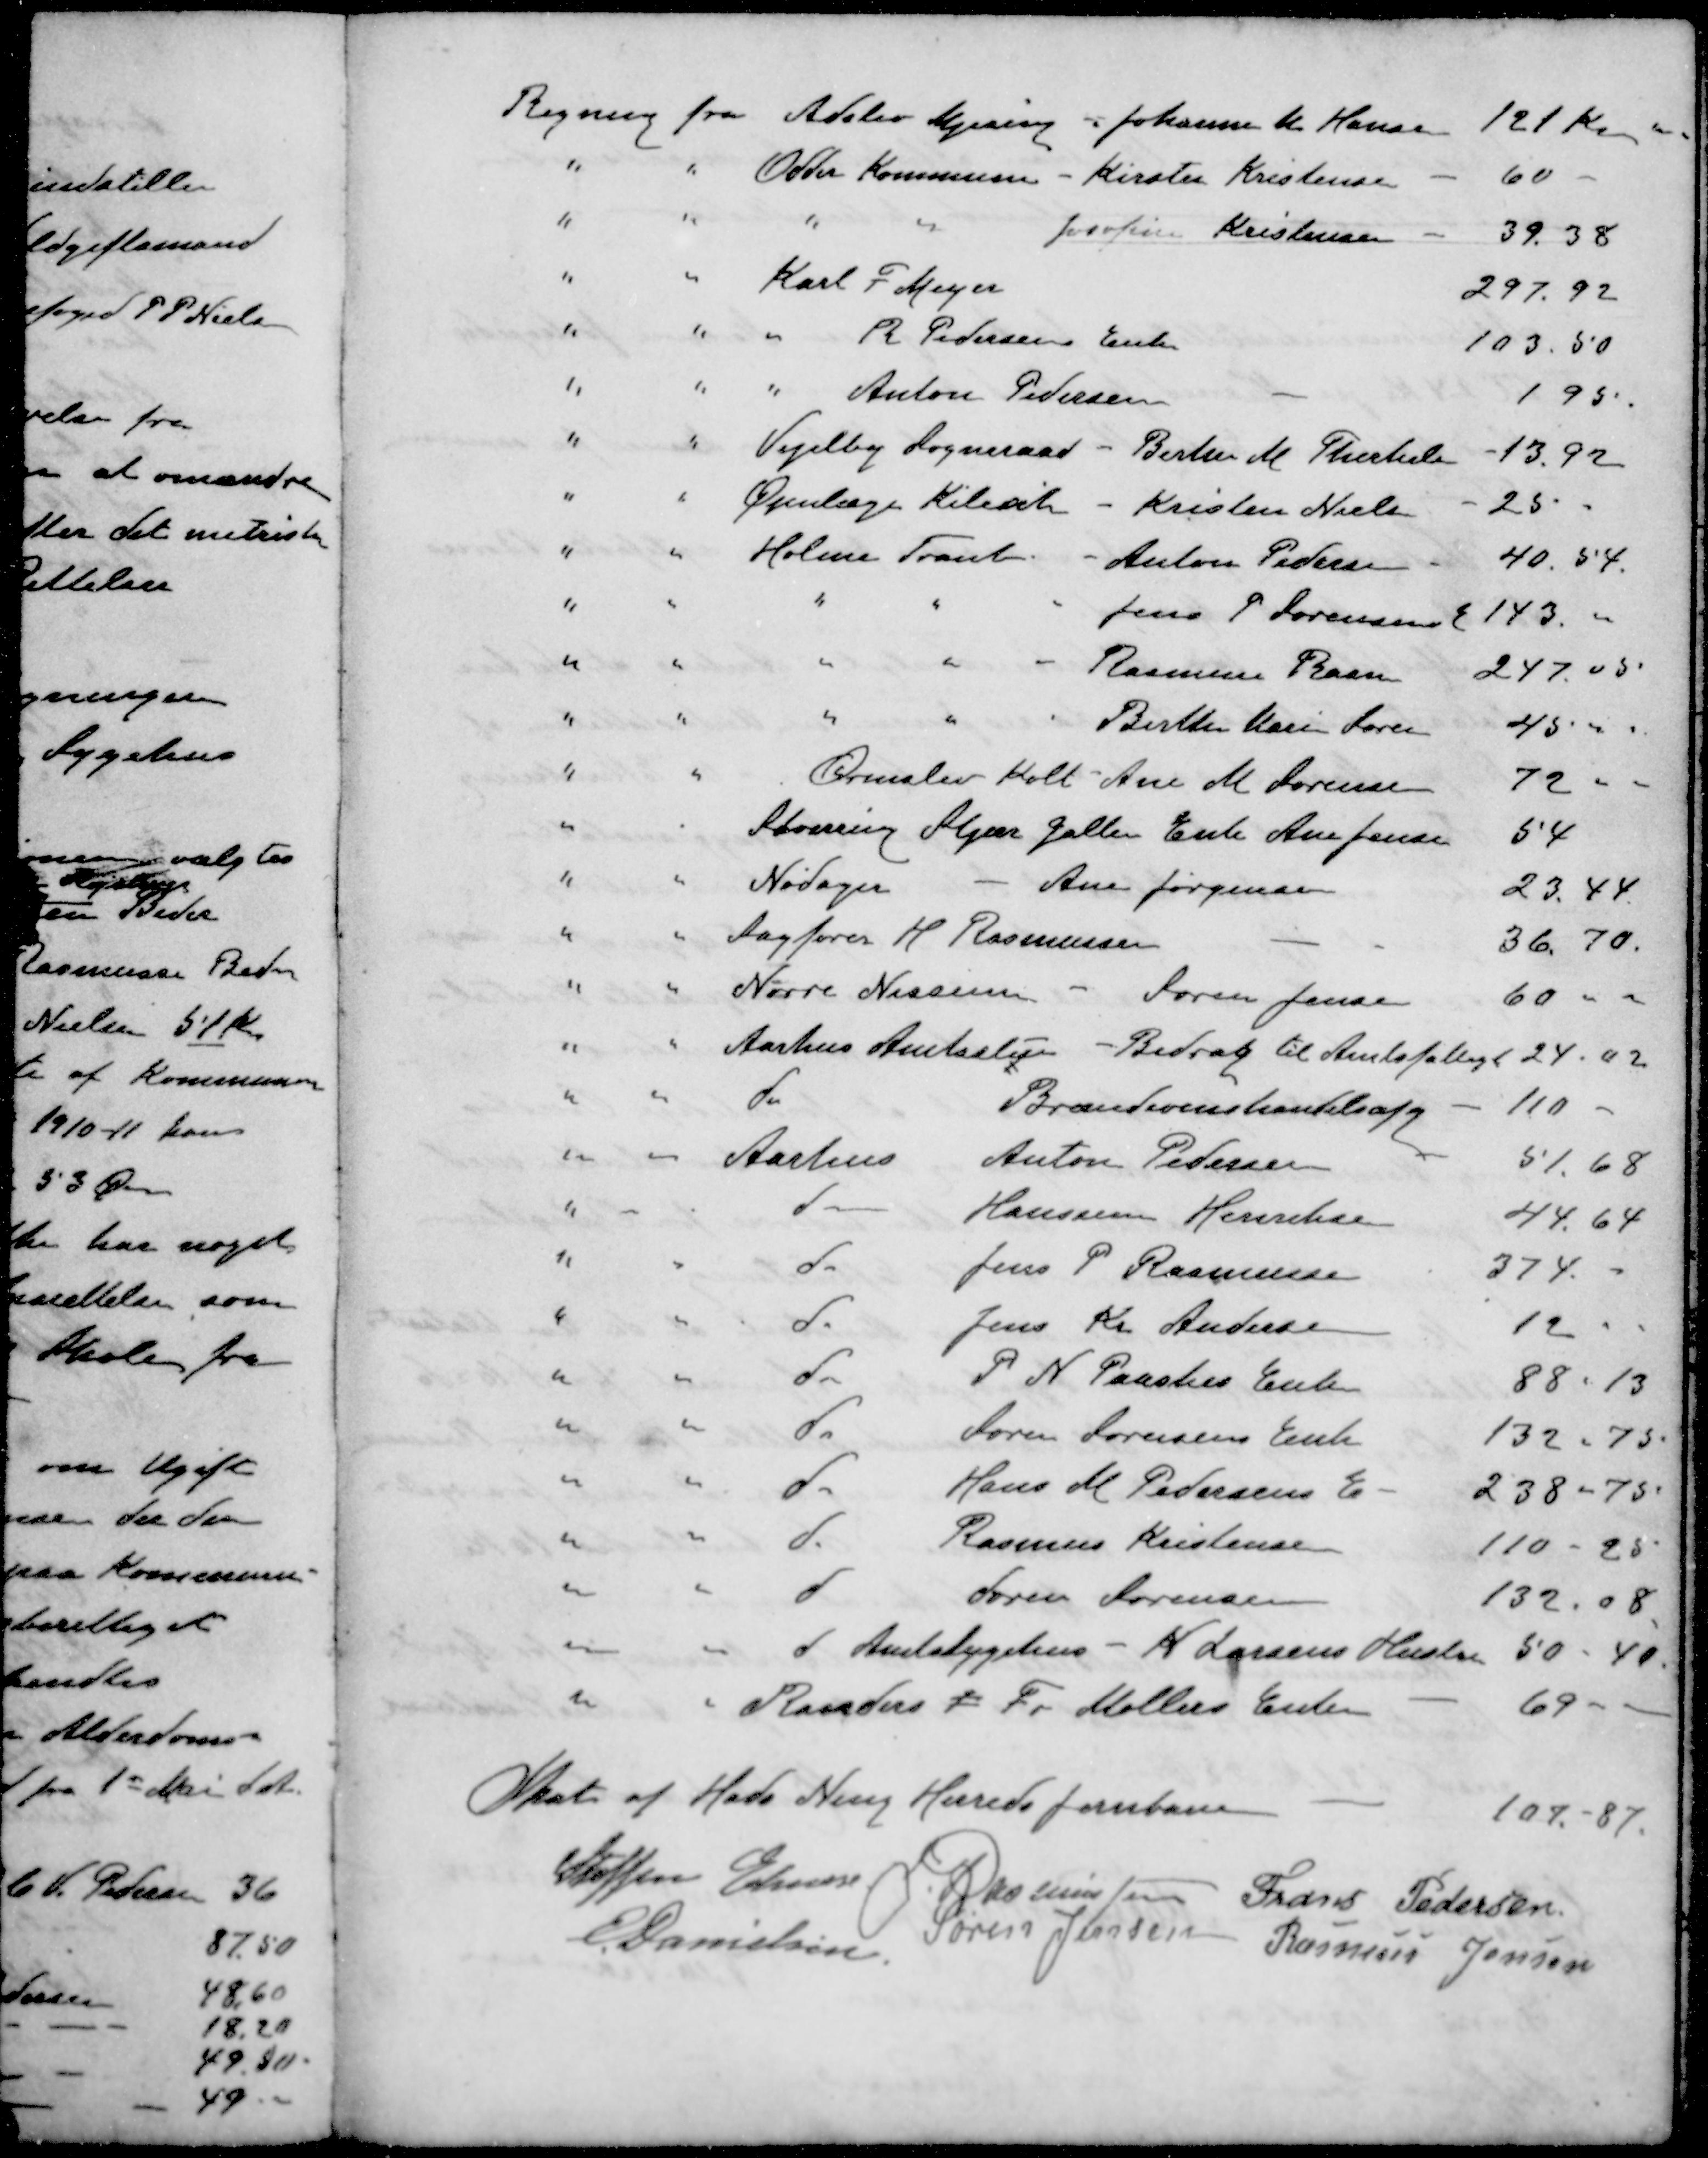
Transskription:
Regning fra Adslev Mjesing - , Johanne K Hansen 121 Kr
" " Odder Kommune - Kirsten Kristensen 60 -
" " " Josefine Kristensen 39.38
" " Karl P. Meyer 297.92
" " " R Pedersens Enke 103.50
" " " Anton Pedersen 195
" " Vejelby Sogneraad Birthe M. Therkel 13.92
" " Øjenlæge Kilerik - Kristen Nielsen 25
" " Holme Tranb - Anton Pedersen 40.54.
" " " " " Jens P Sørensens E 143.-
" " " " " Rasmus Ravn 247.05
" " " " - Birthe Karin Søren 45
" " Ormslev Kolt - Ane M. Sørensen 72
" " Storring Stjær Galten Enke Ane Jensen 54
" " Nødager - Ane Jørgensen 23.44
" " Sagfører H Rasmussen 36.70.
" " Nørre Nissum - Søren Jensen 60 -
" " Aarhus Amtsstue - Bidrag til Amtsfattige 24.02
" " do Brændevinshandelsafg 110
" " Aarhus Anton Pedersen 51.68
" " do Hansine Henrikse 44.64
" " do Jens P Rasmussen 374.
" " do Jens Kr. Andersen 12
" " do P N. Paaskes Enke 88-13
" " do Søren Sørensens Enke 132.75
" " do Hans M Pedersens E 238-75.
" " do Rasmus Kristensen 110-25
" " d Søren Sørensen 132.08
" " d Amtssygehus - K Larsens Hustru 50 - 40
" " Randers "  Fr Møllers Enke 69
Skat af Hads Ning Herreds Jernbane 107-87.
Steffen Elmose
J Rasmussen
Frans Pedersen
E Danielsen
Søren Jensen
Rasmus Jensen